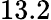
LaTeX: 13.2